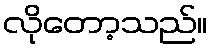
လိုတော့သည်။